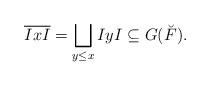
LaTeX: \begin{align*}\overline{IxI} = \bigsqcup_{y\leq x}IyI\subseteq G(\breve F).\end{align*}